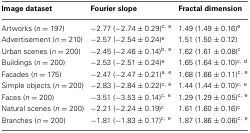
| Image dataset | Fourier slope | Fractal dimension |
 | --- | --- | --- |
 | Artworks (n = 197) | −2.77 (−2.74 ± 0.29)c, e | 1.49 (1.49 ± 0.16)e |
 | Advertisement (n = 210) | −2.57 (−2.54 ± 0.24)e | 1.51 (1.50 ± 0.12) |
 | Urban scenes (n = 200) | −2.45 (−2.46 ± 0.14)b, e | 1.62 (1.61 ± 0.08)c |
 | Buildings (n = 200) | −2.53 (−2.51 ± 0.24)e | 1.65 (1.64 ± 0.10)c, d |
 | Facades (n = 175) | −2.47 (−2.47 ± 0.21)a, e | 1.68 (1.66 ± 0.11)c, e |
 | Simple objects (n = 200) | −2.83 (−2.84 ± 0.22)c, e | 1.44 (1.44 ± 0.10)c, e |
 | Faces (n = 200) | −3.51 (−3.53 ± 0.14)c, e | 1.29 (1.29 ± 0.05)c, e |
 | Natural scenes (n = 200) | −2.21 (−2.24 ± 0.19)c | 1.61 (1.60 ± 0.16)c |
 | Branches (n = 200) | −1.81 (−1.83 ± 0.17)c, e | 1.87 (1.86 ± 0.06)c, e |